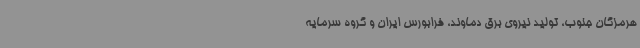
هرمزگان جنوب، تولید نیروی برق دماوند، فرابورس ایران و گروه سرمایه